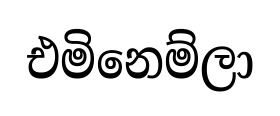
එමිනෙම්ලා